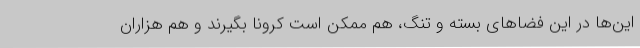
این‌ها در این فضاهای بسته و تنگ، هم ممکن است کرونا بگیرند و هم هزاران